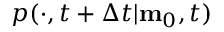
p ( \cdot , t + \Delta t | \mathbf { m } _ { 0 } , t )